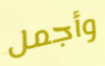
وأجمل